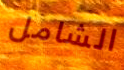
الشامل